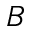
B